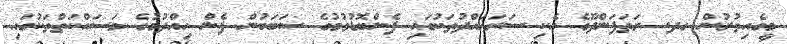
މީގެއިތުރުން ގދ. ރަތަފަންދޫގެ އެކި ސަރަޙައްދުތަކުގައި ފެންބޮޑުވުމުގެ ސަބަބުން ފެން ހިއްދުމުގެ މަސައްކަތްތަކުގައި